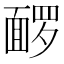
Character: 𬰡